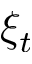
\xi _ { t }